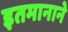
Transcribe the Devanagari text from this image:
इतमानाने